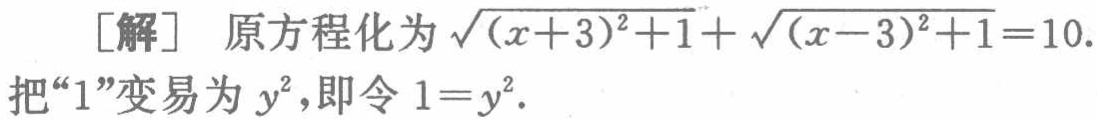
[解] 原方程化为\(\sqrt{(x + 3)^2 + 1}+\sqrt{(x - 3)^2 + 1}=10\).
把“\(1\)”变易为\(y^{2}\)，即令\(1 = y^{2}\).